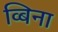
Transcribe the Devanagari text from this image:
व्बिना